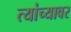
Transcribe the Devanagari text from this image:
त्यांच्यावर